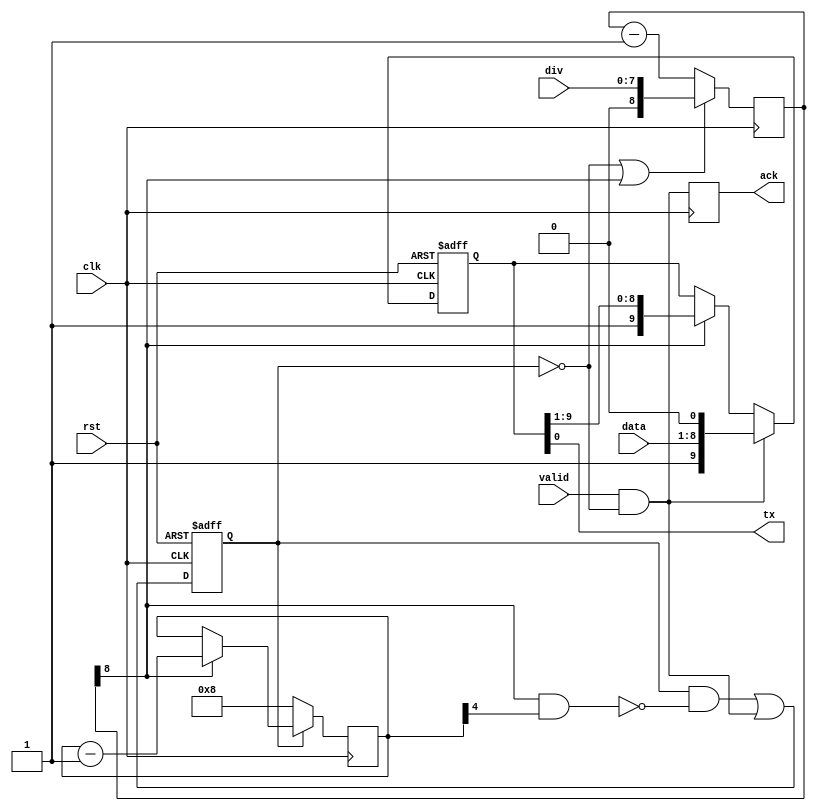
/*
 * uart_tx.v
 *
 * vim: ts=4 sw=4
 *
 * Copyright (C) 2019-2020  Sylvain Munaut <tnt@246tNt.com>
 * SPDX-License-Identifier: CERN-OHL-P-2.0
 */

`default_nettype none

module uart_tx #(
	parameter integer DIV_WIDTH = 8
)(
	output wire tx,
	input  wire [7:0] data,
	input  wire valid,
	output reg  ack,
	input  wire [DIV_WIDTH-1:0] div,	// div - 2
	input  wire clk,
	input  wire rst
);

	// Signals
	wire go, done, ce;
	reg  active;
	reg [9:0] shift;
	reg [DIV_WIDTH:0] div_cnt;
	reg [4:0] bit_cnt;

	// Control
	assign go = valid & ~active;
	assign done = ce & bit_cnt[4];

	always @(posedge clk or posedge rst)
		if (rst)
			active <= 1'b0;
		else
			active <= (active & ~done) | go;

	// Baud rate generator
	always @(posedge clk)
		if (~active | div_cnt[DIV_WIDTH])
			div_cnt <= { 1'b0, div };
		else
			div_cnt <= div_cnt - 1;

	assign ce = div_cnt[DIV_WIDTH];

	// Bit counter
	always @(posedge clk)
		if (~active)
			bit_cnt <= 5'h08;
		else if (ce)
			bit_cnt <= bit_cnt - 1;

	// Shift register
	always @(posedge clk or posedge rst)
		if (rst)
			shift <= 10'h3ff;
		else if (go)
			shift <= { 1'b1, data, 1'b0 };
		else if (ce)
			shift <= { 1'b1, shift[9:1] };

	// Outputs
	always @(posedge clk)
		ack <= go;

	assign tx = shift[0];

endmodule // uart_tx